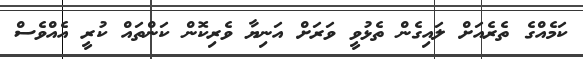
ކަމެއްގެ ތެރެއަށް ލައިގެން ތެޅުވީ ވަރަށް އަނިޔާ ވެރިކޮން ކަންތައް ކުރީ އެއްވެސް